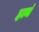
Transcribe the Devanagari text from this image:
हत्थं